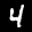
Label: 4